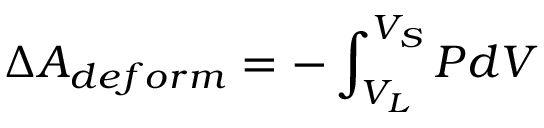
\Delta A _ { d e f o r m } = - \int _ { V _ { L } } ^ { V _ { S } } P d V